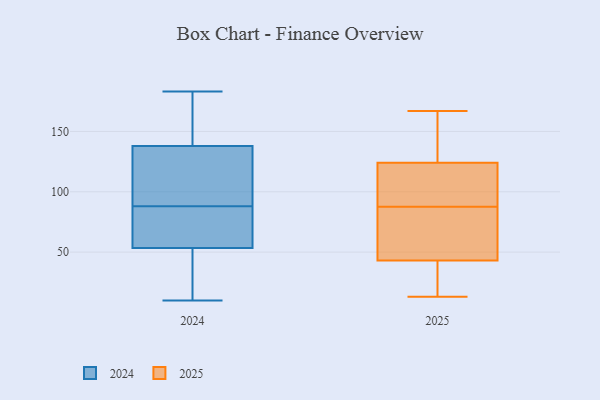
{"axis": {"x": "Conversion Rate (%)", "y": "Value"}, "legend": ["2024", "2025"], "data": [{"x": "", "y": 62, "type": "2025"}, {"x": "", "y": 122, "type": "2025"}, {"x": "", "y": 124, "type": "2025"}, {"x": "", "y": 132, "type": "2025"}, {"x": "", "y": 145, "type": "2025"}, {"x": "", "y": 29, "type": "2025"}, {"x": "", "y": 56, "type": "2025"}, {"x": "", "y": 137, "type": "2025"}, {"x": "", "y": 115, "type": "2025"}, {"x": "", "y": 97, "type": "2025"}, {"x": "", "y": 30, "type": "2025"}, {"x": "", "y": 78, "type": "2025"}, {"x": "", "y": 43, "type": "2025"}, {"x": "", "y": 33, "type": "2025"}, {"x": "", "y": 167, "type": "2025"}, {"x": "", "y": 13, "type": "2025"}, {"x": "", "y": 104, "type": "2025"}, {"x": "", "y": 75, "type": "2025"}, {"x": "", "y": 156, "type": "2024"}, {"x": "", "y": 160, "type": "2024"}, {"x": "", "y": 69, "type": "2024"}, {"x": "", "y": 183, "type": "2024"}, {"x": "", "y": 57, "type": "2024"}, {"x": "", "y": 173, "type": "2024"}, {"x": "", "y": 43, "type": "2024"}, {"x": "", "y": 132, "type": "2024"}, {"x": "", "y": 13, "type": "2024"}, {"x": "", "y": 105, "type": "2024"}, {"x": "", "y": 72, "type": "2024"}, {"x": "", "y": 60, "type": "2024"}, {"x": "", "y": 88, "type": "2024"}, {"x": "", "y": 21, "type": "2024"}, {"x": "", "y": 91, "type": "2024"}, {"x": "", "y": 97, "type": "2024"}, {"x": "", "y": 10, "type": "2024"}]}